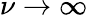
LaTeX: \nu\to\infty